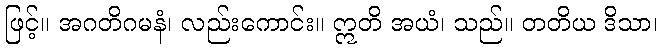
ဖြင့်။ အဂတိဂမနံ၊ လည်းကောင်း။ ဣတိ အယံ၊ သည်။ တတိယ ဒိသာ၊